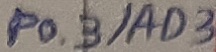
Text: P0.3/AD3